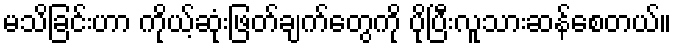
မသိခြင်းဟာ ကိုယ့်ဆုံးဖြတ်ချက်တွေကို ပိုပြီးလူသားဆန်စေတယ်။